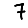
Digit: 7